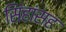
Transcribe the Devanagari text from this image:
सिंहांसह